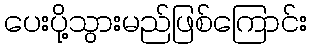
ပေးပို့သွားမည်ဖြစ်ကြောင်း